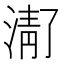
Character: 𬈚